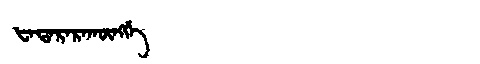
Manchu: ᡶᠠᡨᠠᡵᠠᡵᠠᡴᡡᠩᡤᡝ
Romanization: FATARARAKŪNGGE